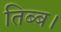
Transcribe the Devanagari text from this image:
तिब्ब।